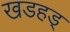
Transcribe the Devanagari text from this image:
खडहड्